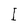
Character: I